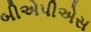
બીએપીએસ